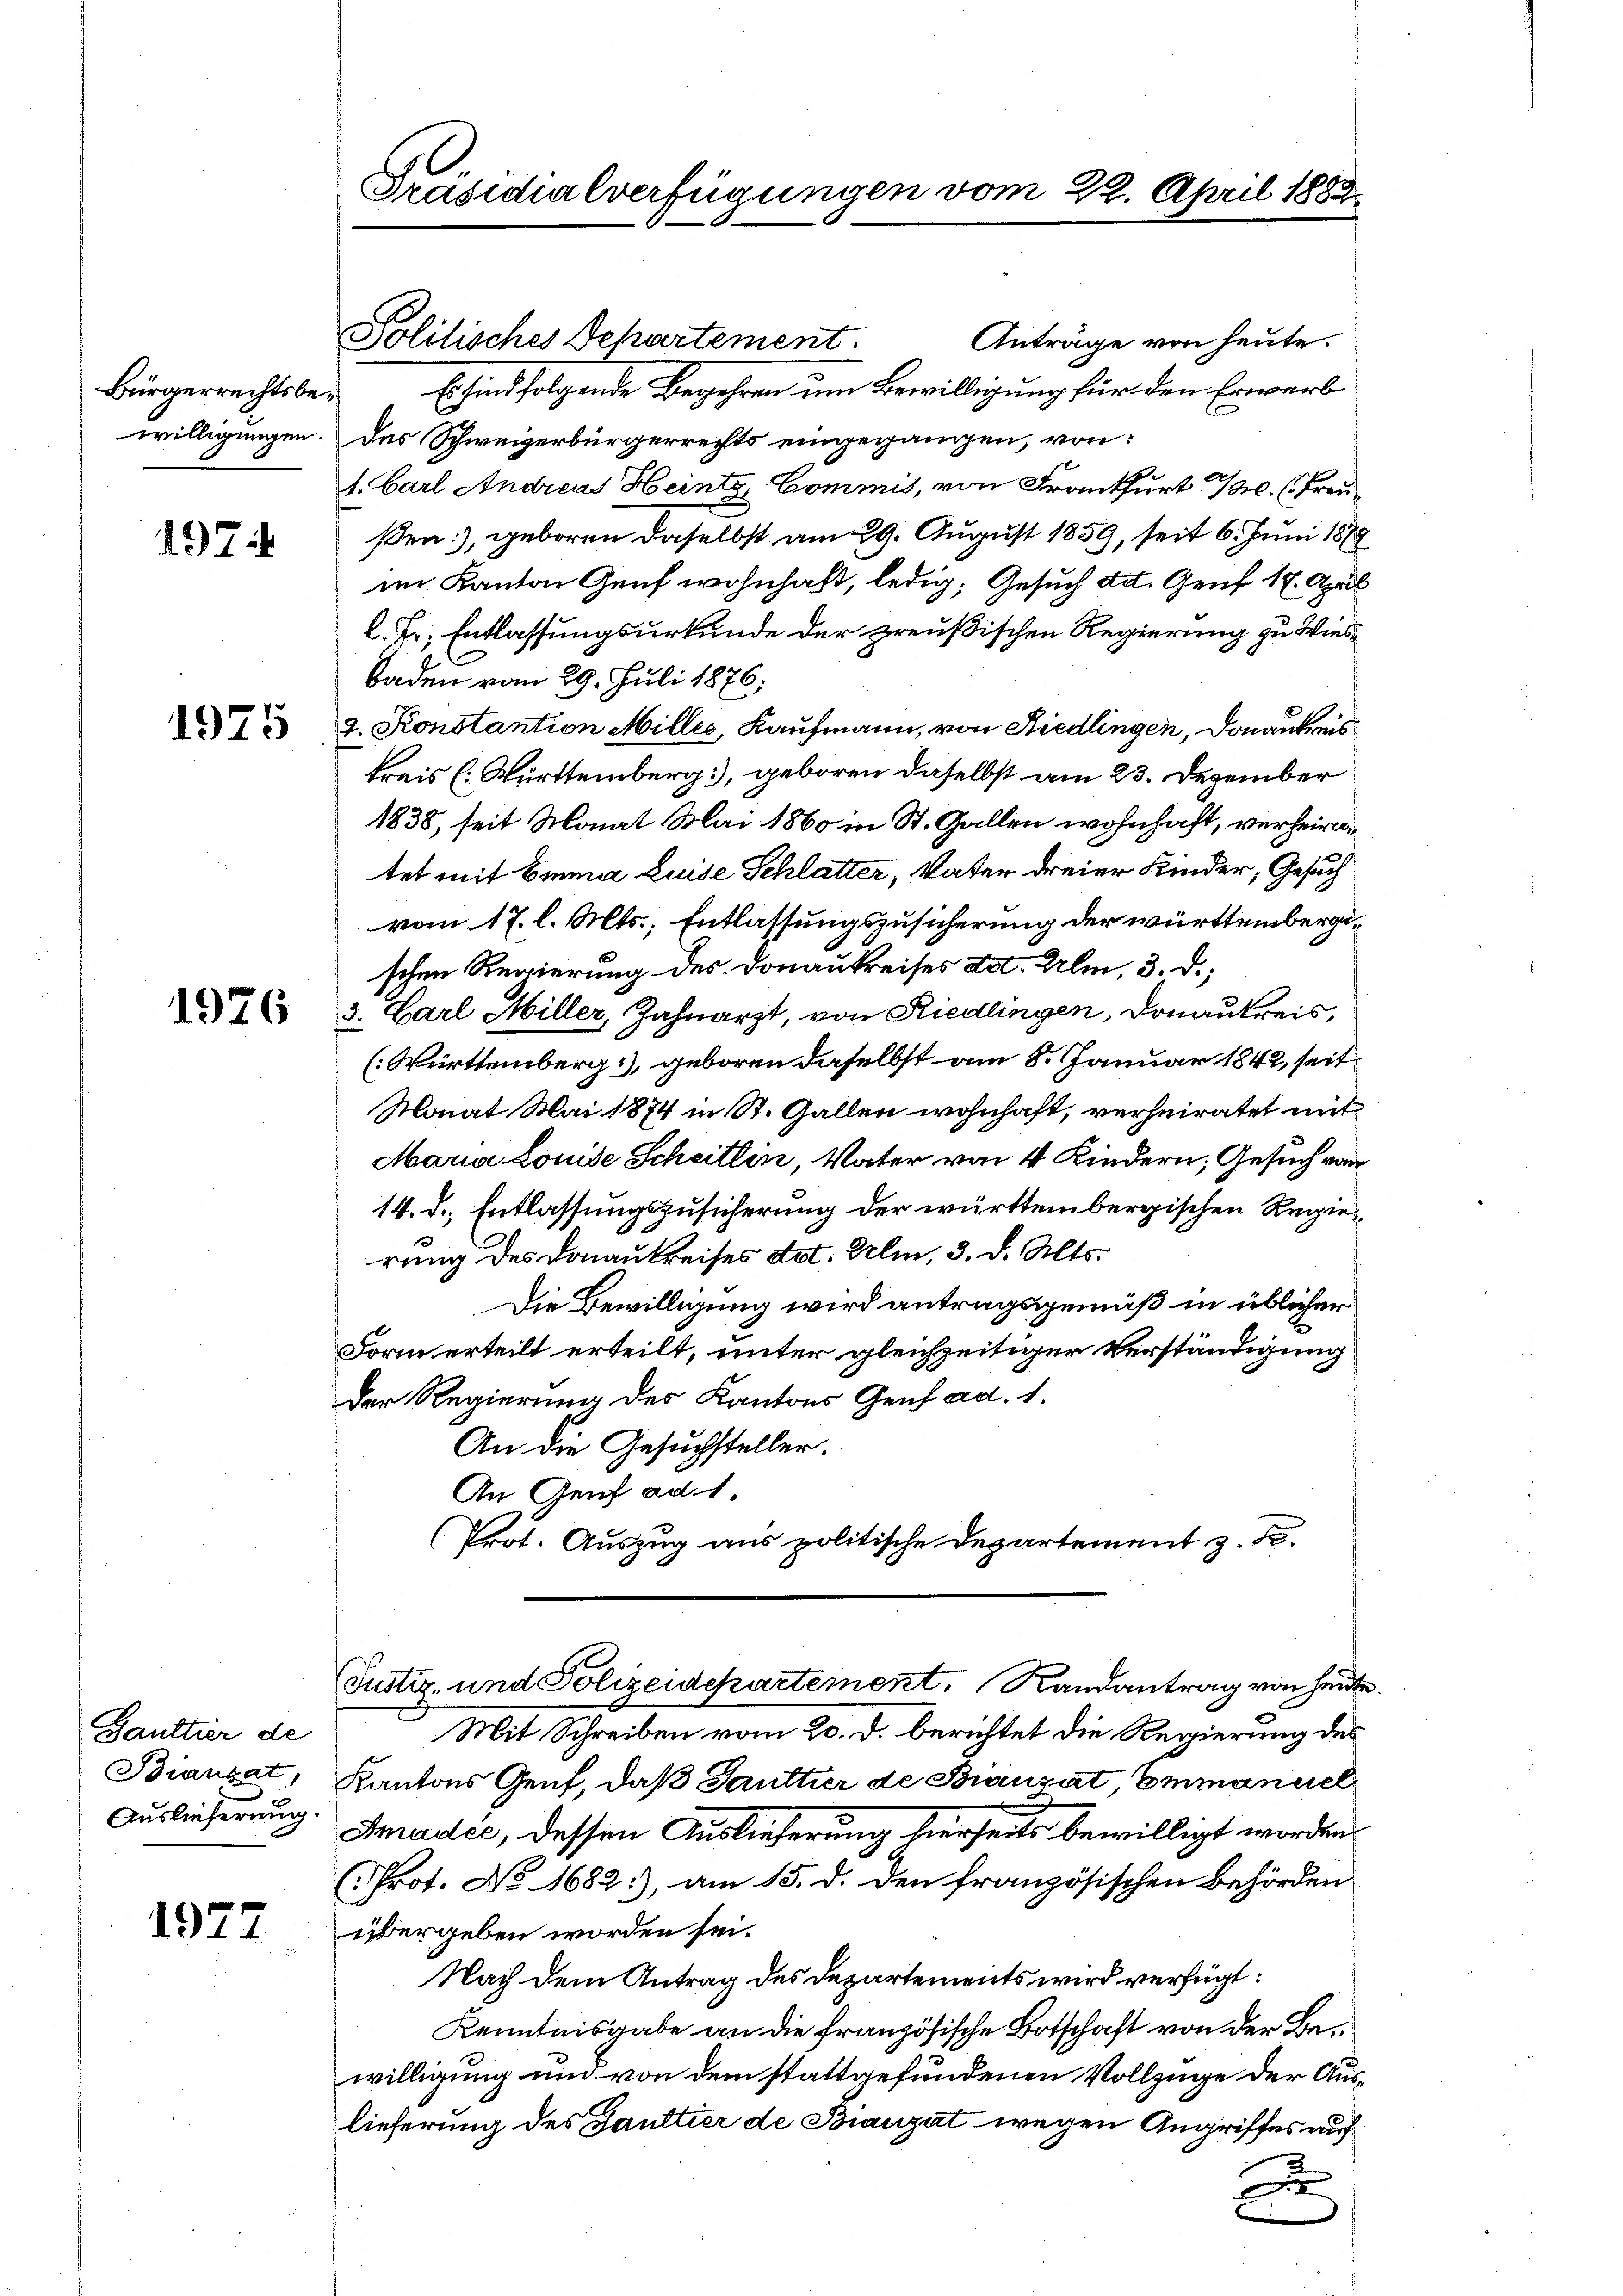
Bürgerrechtsbewilligungen.

1974

1975

1926

Gaultier de

1977

Präsidialverfügungen vom 22. April 1882

Anträge von heute.
Es sind folgende Begehren um Bewilligung für den Erwerb
Des Schweizerbürgerrechts eingegangen, von:
1. Carl Andreas Heinte Commis, von Frankfurt 10. (Freußen), geboren daselbst am 29. August 1859, seit 6. Juni 1878
im Kanton Genf wohnhaft, ledig, Gesuch dat. Genf 17. April
l. Fr. Entlassungsurkunde der preußischen Regierung zu Wies¬
Baden vom 29. Juli 1876;
2. Konstantion Milles, Kaufmann, von Riedlingen, Donaukreis
kreis (Württemberg], geboren daselbst am 23. Dezember
1838, seit Monat Mai 1860 in St. Gallen wohnhaft, verheiratet mit Emma Luise Schlatter, Vater dreier Kinder, Gesuch
vom 17. l. Mts., Entlassungszusicherung der württembergischen Regierung des Donaukreises dat. Ulm, 3. d.
3. Carl Miller, Zahnarzt, von Riedlingen, Donaukreis,
(Württemberg), geboren daselbst am 8. Januar 1842, seit¬
Monat Mai 1874 in St. Gallen wohnhaft, verheiratet mit
Maria Louise Scheitlin, Vater von 4 Kindern, Gesuch von
14. d. Entlassungszusicherung der württembergischen Regierung des Donaukreises dot. Delin, 3. d. Mts.
Die Bewilligung wird antragsgemäß in üblicher
Form erteilt erteilt, unter gleichzeitiger Verständigung
Der Regierung des Kantons Genf ad. 1.
An die Gesuchsteller.
An Genf ad 1.
(Prot. Auszug aus politische Departement z. B.

Politisches Departement.

(Justiz- und Polizeidepartement. Randantrag von heute.

Mit Schreiben vom 20. d. berichtet die Regierung des
Biancat, Kantons Genf, daß Jauttier de Branzat, Emmanerel
Auslieferung. Amadec, dessen Auslieferung hierseits bewilligt worden,
(Prot. No 1682:), am 15. d. den französischen Behörden
üstergeben worden sei.
Nach dem Antrag des Departements wird verfügt:
Kenntnisgabe an die französische Botschaft von der Bewilligung und von dem stattgefundenen Vollzüge der Auslieferung des Gaultier de Biauzat wegen Angriffes auf
x